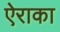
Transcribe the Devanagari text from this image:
ऐराका